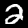
Label: 2